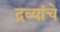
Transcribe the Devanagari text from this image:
द्रव्यांचे